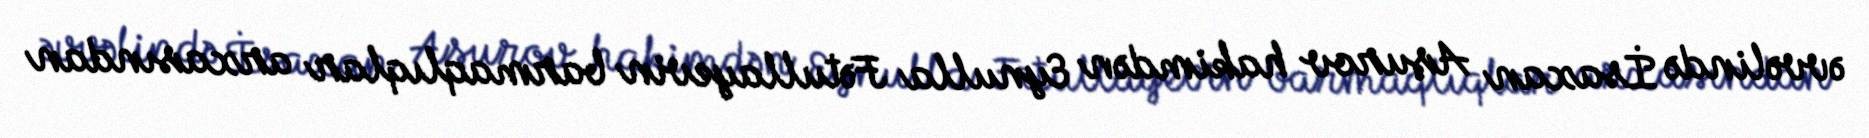
əvvəlində İsaxan Aşurov hakimdən Eynulla Fətullayevin barmaqlıqlar arxasından